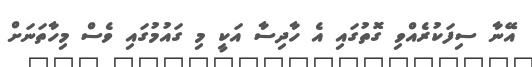
އޭނާ ސިފަކުރެއްވި ގޮތުގައި އެ ހާދިސާ އަކީ މި ގައުމުގައި ވެސް މިހާތަނަށް